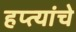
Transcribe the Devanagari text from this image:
हप्त्यांचे